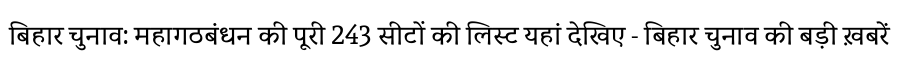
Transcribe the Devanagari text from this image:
बिहार चुनाव: महागठबंधन की पूरी 243 सीटों की लिस्ट यहां देखिए - बिहार चुनाव की बड़ी ख़बरें